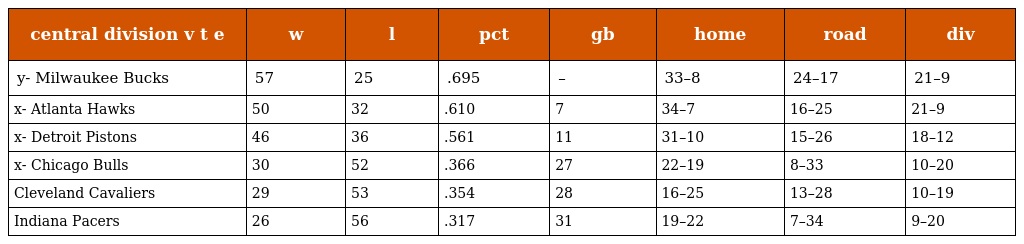
| central division v t e | w | l | pct | gb | home | road | div |
 | --- | --- | --- | --- | --- | --- | --- | --- |
 | y- Milwaukee Bucks | 57 | 25 | .695 | – | 33–8 | 24–17 | 21–9 |
 | x- Atlanta Hawks | 50 | 32 | .610 | 7 | 34–7 | 16–25 | 21–9 |
 | x- Detroit Pistons | 46 | 36 | .561 | 11 | 31–10 | 15–26 | 18–12 |
 | x- Chicago Bulls | 30 | 52 | .366 | 27 | 22–19 | 8–33 | 10–20 |
 | Cleveland Cavaliers | 29 | 53 | .354 | 28 | 16–25 | 13–28 | 10–19 |
 | Indiana Pacers | 26 | 56 | .317 | 31 | 19–22 | 7–34 | 9–20 |